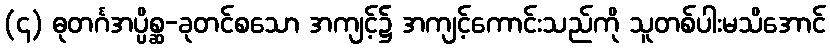
(၄) ဓုတင်္ဂအပ္ပိစ္ဆ-ခုတင်စသော အကျင့်၌ အကျင့်ကောင်းသည်ကို သူတစ်ပါးမသိအောင်